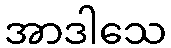
အာဒါသေ